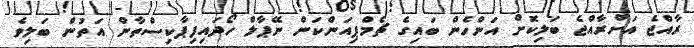
ރާއްޖެ އަށްރާއްޖެ ބަލިކޮށް އަންހެން ބައިގެ ޗެމްޕިއަންކަން ނޭޕާލް ހޯދައިފިޕާކިސްތާން އަތުން ބަލިވެ